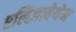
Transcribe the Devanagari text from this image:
एलिज़ाबेथेन